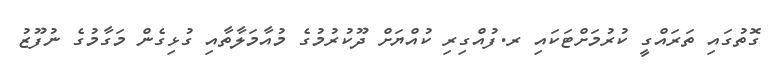
ގޮތުގައި ތަރައްގީ ކުރުމަށްޓަކައި ރ.ފުއްގިރި ކުއްޔަށް ދޫކުރުމުގެ މުއާމަލާތާއި ގުޅިގެން މަގާމުގެ ނުފޫޒު